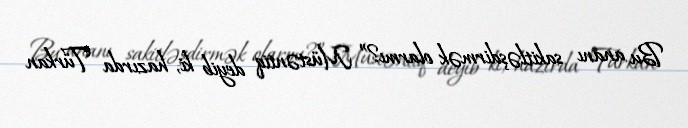
Bu ananı sakitləşdirmək olarmı?” Müstəntiq deyib ki, hazırda Türkan